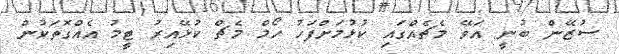
ސުޒޭން ބުނީ އަވޭ މެޗެއްގައި ކުޅުމަށްފަހު ހޯމް މެޗް ކުޅޭއިރު ޓީމު އެއްގޮތަކުން